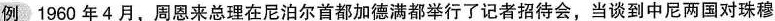
例 1960年4月，周恩来总理在尼泊尔首都加德满都举行了记者招待会，当谈到中尼两国对珠穆